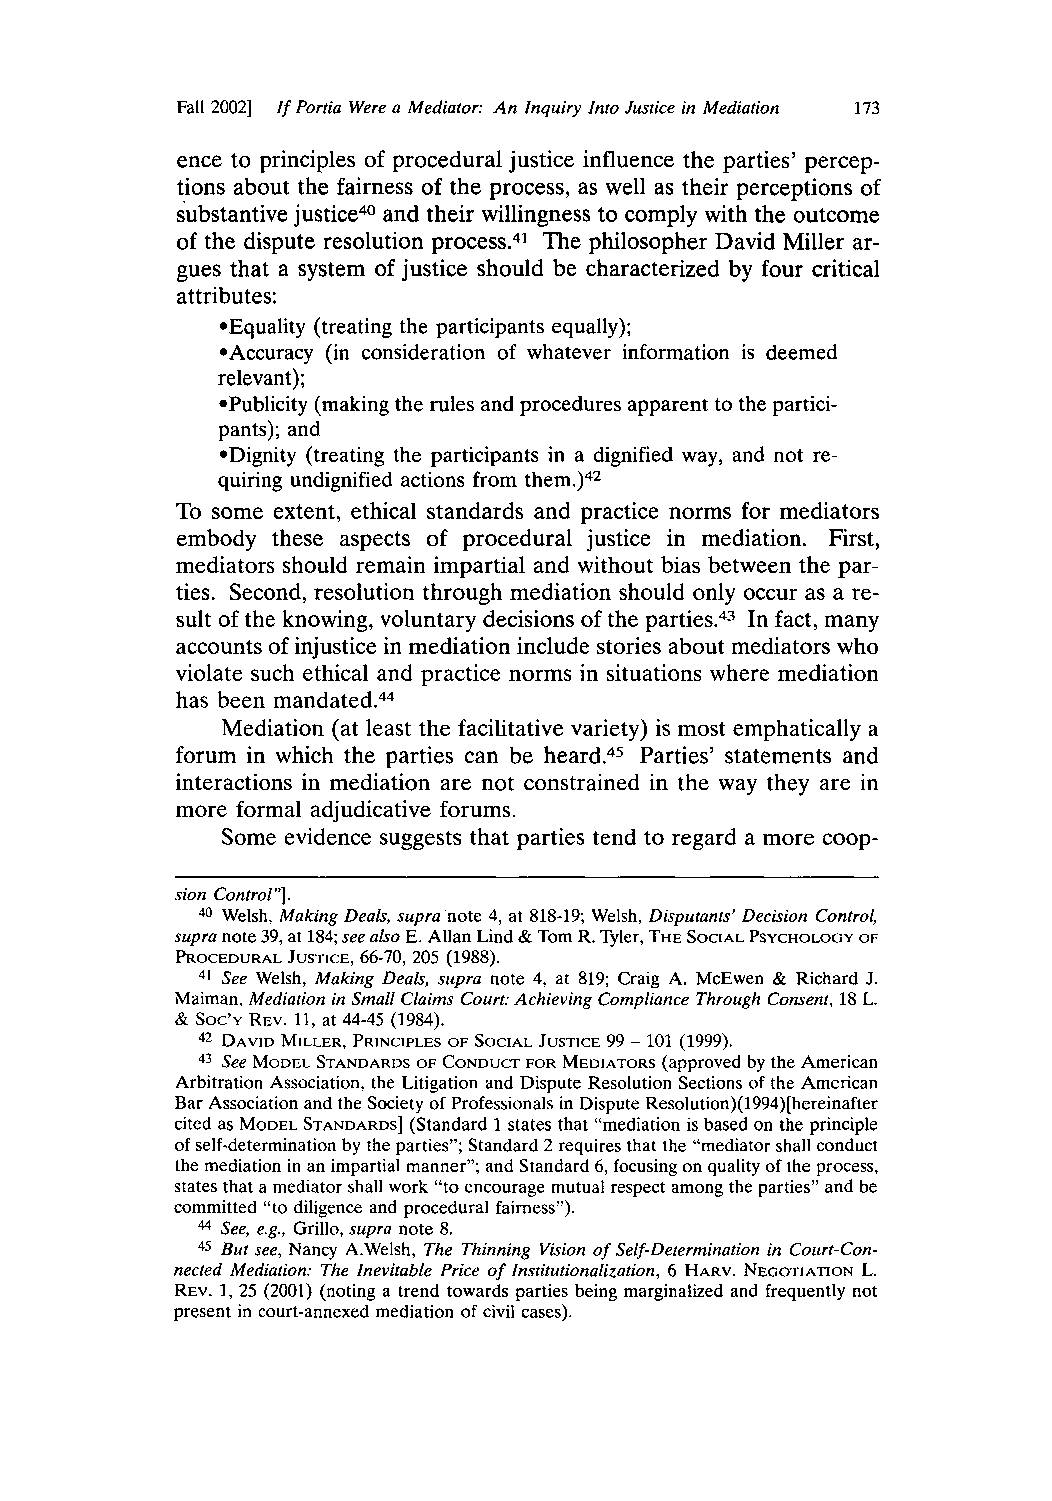
Fall 2002] If Portia Were a Mediator: An Inquiry Into Justice in Mediation 173
 ence to principles of procedural justice influence the parties' percep-
 tions about the fairness of the process, as well as their perceptions of
 substantive justice40 and their willingness to comply with the outcome
 of the dispute resolution process.41 The philosopher David Miller ar-
 gues that a system of justice should be characterized by four critical
 attributes:
 *Equality (treating the participants equally);
 *Accuracy (in consideration of whatever information is deemed
 relevant);
 *Publicity (making the rules and procedures apparent to the partici-
 pants); and
 *Dignity (treating the participants in a dignified way, and not re-
 quiring undignified actions from them.)42
 To some extent, ethical standards and practice norms for mediators
 embody these aspects of procedural justice in mediation. First,
 mediators should remain impartial and without bias between the par-
 ties. Second, resolution through mediation should only occur as a re-
 sult of the knowing, voluntary decisions of the parties.43 In fact, many
 accounts of injustice in mediation include stories about mediators who
 violate such ethical and practice norms in situations where mediation
 44
 has been mandated.
 Mediation (at least the facilitative variety) is most emphatically a
 forum in which the parties can be heard.45 Parties' statements and
 interactions in mediation are not constrained in the way they are in
 more formal adjudicative forums.
 Some evidence suggests that parties tend to regard a more coop-
 sion Control"].
 40 Welsh, Making Deals, supra note 4, at 818-19; Welsh, Disputants' Decision Control,
 supra note 39, at 184; see also E. Allan Lind & Tom R. Tyler, THE SOCIAL PSYCHOLOGY OF
 PROCEDURAL JUSTICE, 66-70, 205 (1988).
 41 See Welsh, Making Deals, supra note 4, at 819; Craig A. McEwen & Richard J.
 Maiman, Mediation in Small Claims Court: Achieving Compliance Through Consent, 18 L.
 & Soc'Y REV. 11, at 44-45 (1984).
 42 DAVID MILLER, PRINCIPLES OF SOCIAL JUSTICE 99 - 101 (1999).
 43 See MODEL STANDARDS OF CONDUCT FOR MEDIATORS (approved by the American
 Arbitration Association, the Litigation and Dispute Resolution Sections of the American
 Bar Association and the Society of Professionals in Dispute Resolution)(1994)[hereinafter
 cited as MODEL STANDARDS] (Standard 1 states that "mediation is based on the principle
 of self-determination by the parties"; Standard 2 requires that the "mediator shall conduct
 the mediation in an impartial manner"; and Standard 6, focusing on quality of the process,
 states that a mediator shall work "to encourage mutual respect among the parties" and be
 committed "to diligence and procedural fairness").
 44 See, e.g., Grillo, supra note 8.
 45 But see, Nancy A.Welsh, The Thinning Vision of Self-Determination in Court-Con-
 nected Mediation: The Inevitable Price of Institutionalization, 6 HARV. NEGOTIATION L.
 REV. 1, 25 (2001) (noting a trend towards parties being marginalized and frequently not
 present in court-annexed mediation of civil cases).